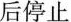
后停止